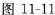
图11-11